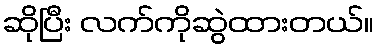
ဆိုပြီး လက်ကိုဆွဲထားတယ်။